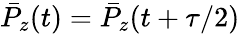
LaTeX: \bar{P}_{z}(t)=\bar{P}_{z}(t+\tau/2)